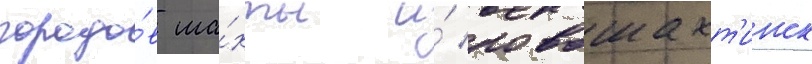
городо́в ша́хты и́ новошахт'инск